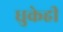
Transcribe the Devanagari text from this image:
धुकेही